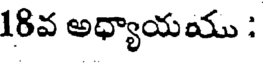
18వ అధ్యాయము :